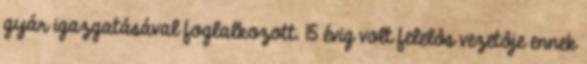
gyár igazgatásával foglalkozott. 15 évig volt felelôs vezetôje ennek